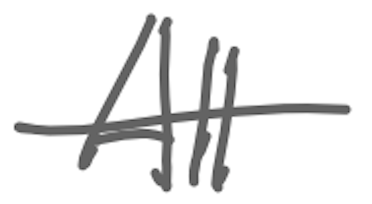
Text: All
Cross-out: single-line
Writing tool: digital_gray